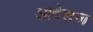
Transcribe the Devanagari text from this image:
आदेशना